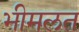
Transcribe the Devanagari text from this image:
भीमलत